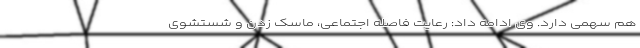
هم سهمی دارد. وی ادامه داد: رعایت فاصله اجتماعی، ماسک زدن و شستشوی